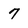
Character: 7